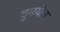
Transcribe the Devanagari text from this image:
चुमयेल